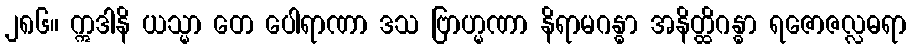
၂၈၆။ ဣဒါနိ ယသ္မာ တေ ပေါရာဏာ ဒသ ဗြာဟ္မဏာ နိရာမဂန္ဓာ အနိတ္ထိဂန္ဓာ ရဇောဇလ္လဓရာ